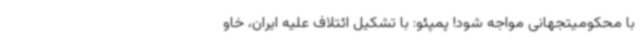
با محکومیتجهانی مواجه شود! پمپئو: با تشکیل ائتلاف علیه ایران، خاو